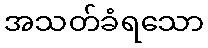
အသတ်ခံရသော